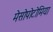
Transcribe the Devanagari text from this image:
मेसोपोटोमिया